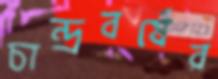
চান্দ্রবর্ষের